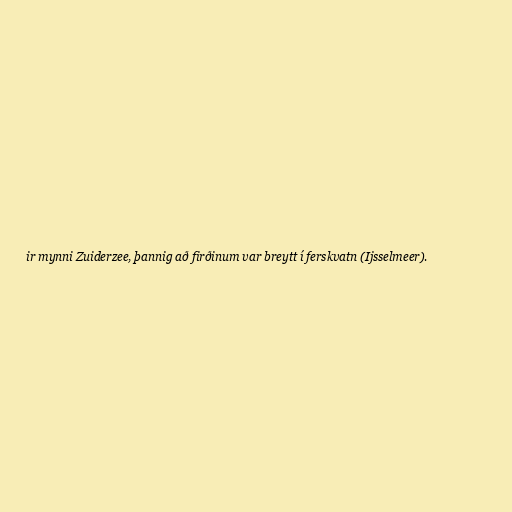
ir mynni Zuiderzee, þannig að firðinum var breytt í ferskvatn (Ijsselmeer).